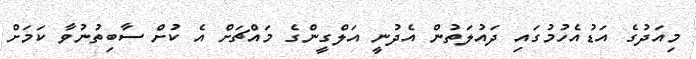
މިއަދުގެ އަޑުއެހުމުގައި ދައުލަތުން އެދުނީ އަލްގީންގެ މައްޗަށް އެ ކުށް ސާބިތުނުވާ ކަމަށް